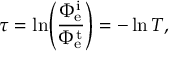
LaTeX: \tau = \ln \! \left( { \frac { \Phi _ { \mathrm { e } } ^ { \mathrm { i } } } { \Phi _ { \mathrm { e } } ^ { \mathrm { t } } } } \right) = - \ln T ,